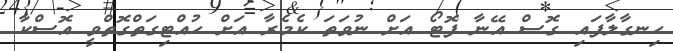
ހިނގާލާފައި ގޮސް އޭނާ ފޮޓޯ އަށް ނުވަތަ ކެމެރާ އަށް ހުއްޓިގަތްގޮތްވީ އޮސްކާ